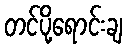
တင်ပို့ရောင်းချ